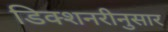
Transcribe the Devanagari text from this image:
डिक्शनरीनुसार